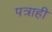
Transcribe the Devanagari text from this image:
पत्राही